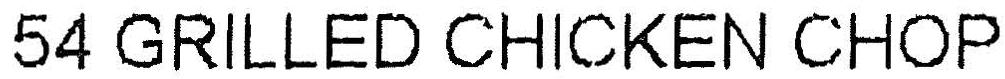
54 GRILLED CHICKEN CHOP